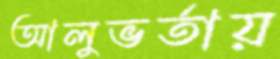
আলুভর্তায়